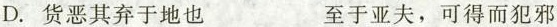
D. 货恶其弃于地也 至于亚夫，可得而犯邪